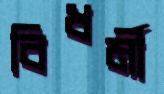
বিধর্মী